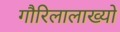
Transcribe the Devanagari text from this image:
गौरिलालाख्यो